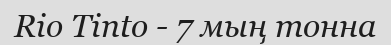
Rio Tinto - 7 мың тонна